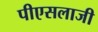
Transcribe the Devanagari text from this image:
पीएसलाजी